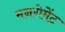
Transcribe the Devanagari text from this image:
मनगेमेंट